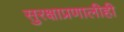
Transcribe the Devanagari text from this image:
सुरक्षाप्रणालीही